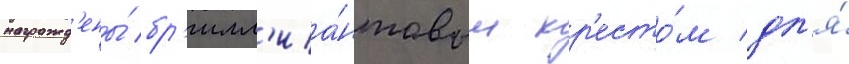
награжд'ены́ бр'илл'иа́нтовым кр'есто́м дл'я́